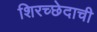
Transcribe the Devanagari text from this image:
शिरच्छेदाची